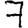
Digit: 7